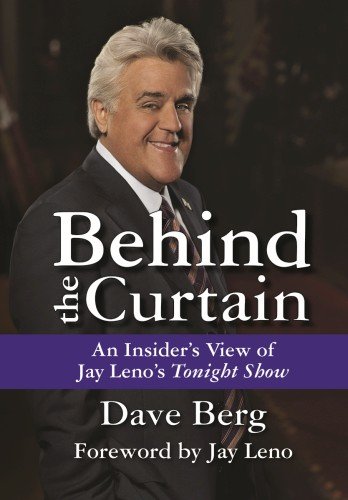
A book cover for Behind the Curtain: An Insider's View of Jay Leno's Tonight Show; Dave Berg; Humor & Entertainment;